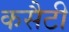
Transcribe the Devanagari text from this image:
कसैटी